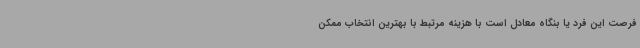
فرصت این فرد یا بنگاه معادل است با هزینه مرتبط با بهترین انتخاب ممکن